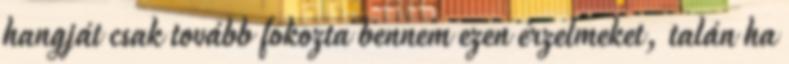
hangját csak tovább fokozta bennem ezen érzelmeket, talán ha